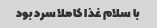
با سلام غذا کاملا سرد بود